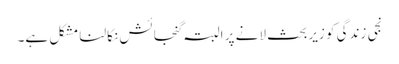
نجی زندگی کو زیربحث لانے پر البتہ گنجائش نکالنا مشکل ہے۔